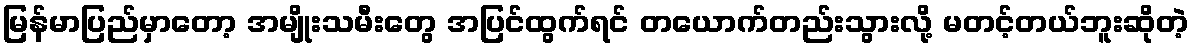
မြန်မာပြည်မှာတော့ အမျိုးသမီးတွေ အပြင်ထွက်ရင် တယောက်တည်းသွားလို့ မတင့်တယ်ဘူးဆိုတဲ့